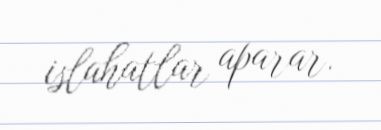
islahatlar aparar.